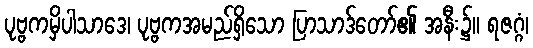
ပုဗ္ဗကမှိပါသာဒေ၊ ပုဗ္ဗကအမည်ရှိသော ပြာသာဒ်တော်၏ အနီး၌။ ရဇဂ္ဂံ၊